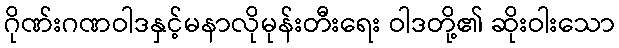
ဂိုဏ်းဂဏဝါဒနှင့်မနာလိုမုန်းတီးရေး ဝါဒတို့၏ ဆိုးဝါးသော